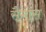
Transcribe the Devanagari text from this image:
सैमोस